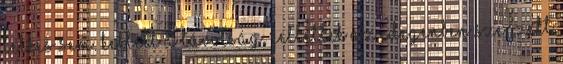
lelkes sem. Kellett a távolság, kellettek az idegenben szerzett